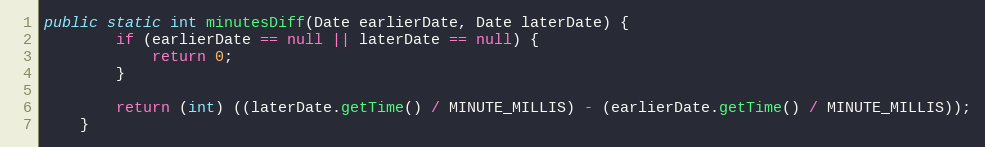
Language: Java
public static int minutesDiff(Date earlierDate, Date laterDate) {
        if (earlierDate == null || laterDate == null) {
            return 0;
        }

        return (int) ((laterDate.getTime() / MINUTE_MILLIS) - (earlierDate.getTime() / MINUTE_MILLIS));
    }